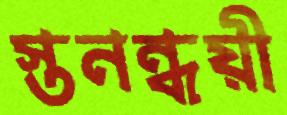
স্তনন্ধয়ী